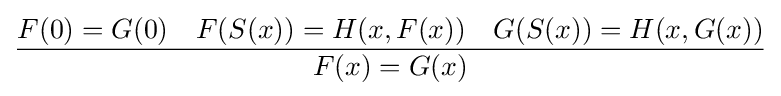
{F(0)=G(0)\quad F(S(x))=H(x,F(x))\quad G(S(x))=H(x,G(x)) \over F(x)=G(x)}